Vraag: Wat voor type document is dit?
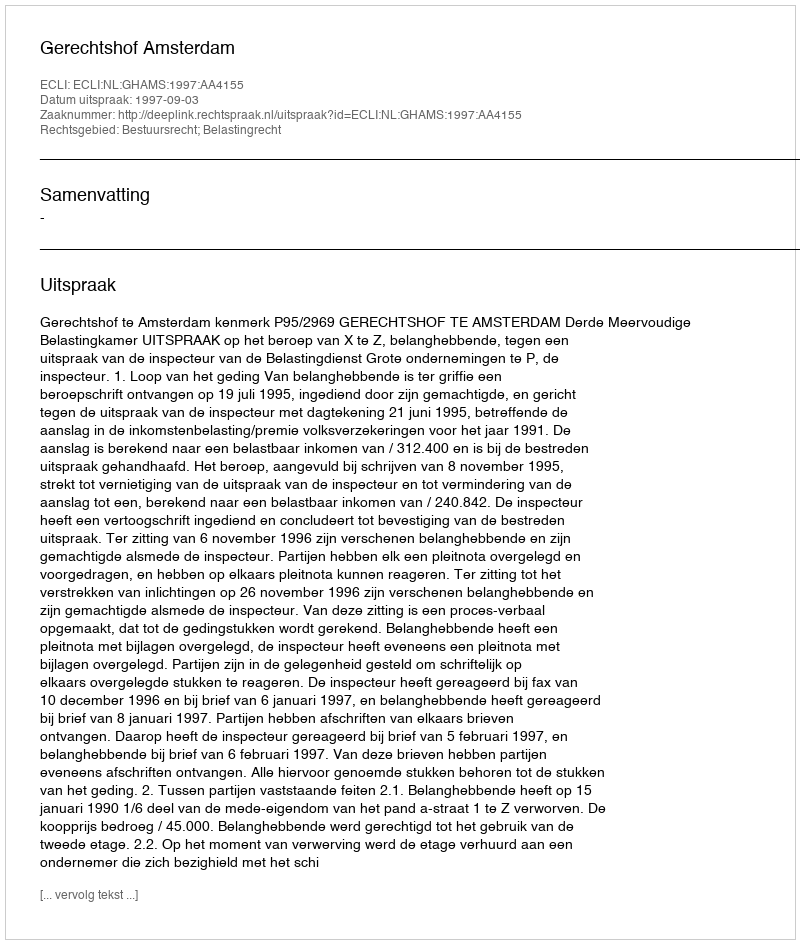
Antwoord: Uitspraak